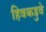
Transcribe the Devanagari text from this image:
हिवकडुवे